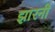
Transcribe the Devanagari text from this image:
झारनी